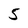
Character: 5